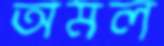
অমল